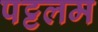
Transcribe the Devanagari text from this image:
पट्टलम